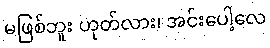
မဖြစ်ဘူး ဟုတ်လား၊ အင်းပေါ့လေ